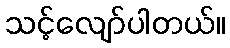
သင့်လျော်ပါတယ်။